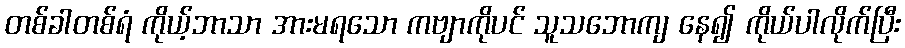
တစ်ခါတစ်ရံ ကိုယ့်ဘာသာ အားမရသော ကဗျာကိုပင် သူသဘောကျ နေ၍ ကိုယ်ပါလိုက်ပြီး